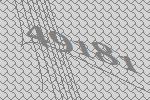
49181